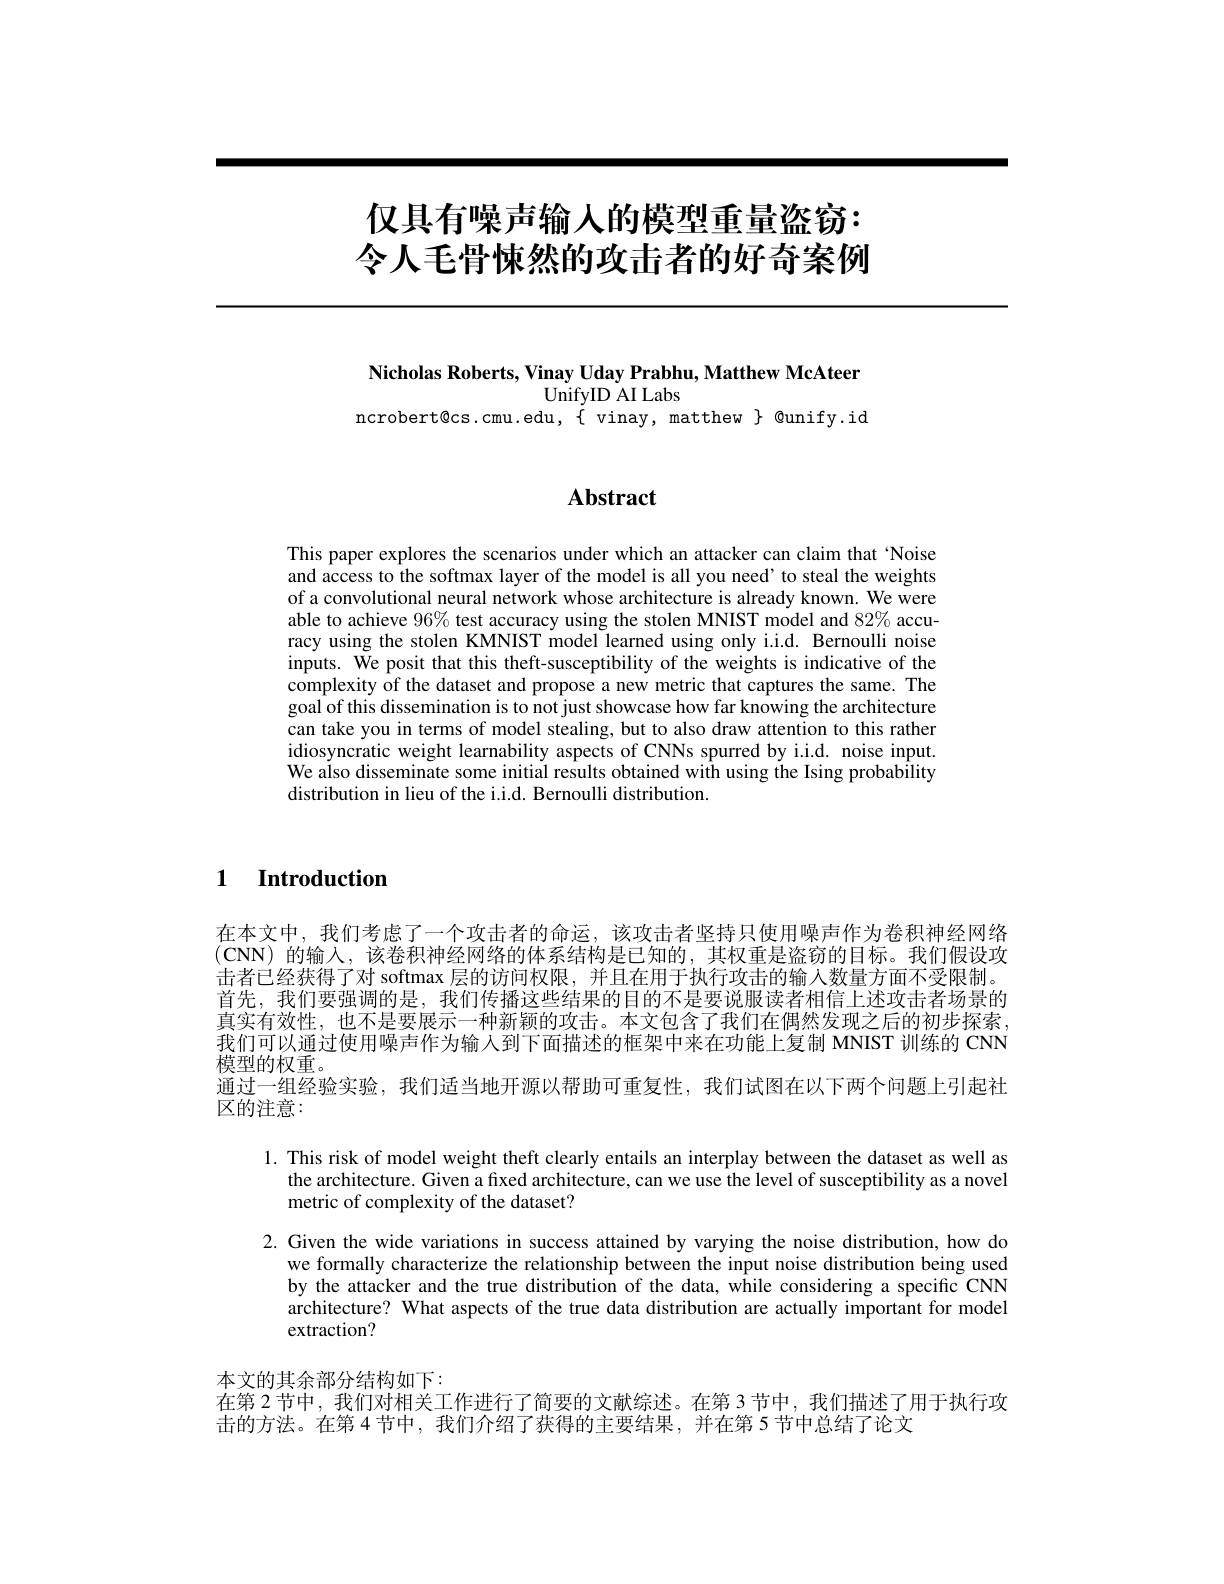
# 仅具有噪声输人的模型重量盗窃： 令人毛骨悚然的攻击者的好奇案例

Nicholas Roberts, Vinay Uday Prabhu, Matthew McAteer
UnifyID AI Labs
$ncrobert@cs.cmu.edu,\{vinay,matthew\}@unify.id$

# Abstract

This paper explores the scenarios under which an attacker can claim that 'Noise and access to the softmax layer of the model is all you need' to steal the weights of a convolutional neural network whose architecture is already known. We were able to achieve $96\%$ test accuracy using the stolen MNIST model and 82% accuracy using the stolen KMNIST model learned using only i.i.d. Bernoulli noise inputs. We posit that this theft-susceptibility of the weights is indicative of the complexity of the dataset and propose a new metric that captures the same. The goal of this dissemination is to not just showcase how far knowing the architecture can take you in terms of model stealing, but to also draw attention to this rather idiosyncratic weight learnability aspects of CNNs spurred by i.i.d. noise input. We also disseminate some initial results obtained with using the Ising probability distribution in lieu of the i.i.d. Bernoulli distribution.

1 Introduction

在本文中，我们考虑了一个攻击者的命运，该攻击者坚持只使用噪声作为卷积神经网络$(\mathbf{CNN})$的输入，该卷积神经网络的体系结构是已知的，其权重是盗窃的目标。我们假设攻击者已经获得了对 softmax 层的访问权限，并且在用于执行攻击的输人数量方面不受限制。首先，我们要强调的是，我们传播这些结果的目的不是要说服读者相信上述攻击者场景的真实有效性，也不是要展示一种新颖的攻击。本文包含了我们在偶然发现之后的初步探索， 我们可以通过使用噪声作为输入到下面描述的框架中来在功能上复制 MNIST 训练的 CNN 模型的权重。
通过一组经验实验，我们适当地开源以帮助可重复性，我们试图在以下两个问题上引起社
区的注意：

1. This risk of model weight theft clearly entails an interplay between the dataset as well as
the architecture. Given a fixed architecture, can we use the level of susceptibility as a novel
metric of complexity of the dataset?

2. Given the wide variations in success attained by varying the noise distribution, how do
we formally characterize the relationship between the input noise distribution being used by the attacker and the true distribution of the data, while considering a specific CNN architecture? What aspects of the true data distribution are actually important for model extraction?

本文的其余部分结构如下：
在第 2 节中，我们对相关工作进行了简要的文献综述。在第 3 节中，我们描述了用于执行攻
击的方法。在第 4 节中，我们介绍了获得的主要结果，并在第 5 节中总结了论文